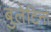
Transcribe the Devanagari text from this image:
बुलेटिनों